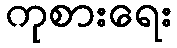
ကုစားရေး